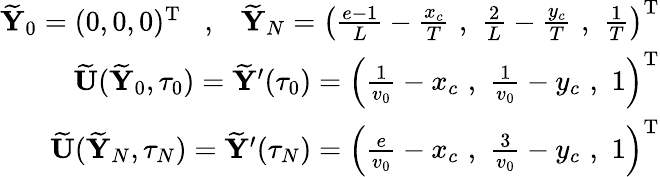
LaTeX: \begin{array}{r}{\widetilde{{\mathbf Y}}_{0}=(0,0,0)^{{\mathrm T}}\; \; \; ,\; \; \; \widetilde{{\mathbf Y}}_{N}=\left(\frac{e-1}{L}-\frac{x_{c}}{T}\, \, ,\, \, \frac{2}{L}-\frac{y_{c}}{T}\, \, ,\, \, \frac{1}{T}\right)^{{\mathrm T}}}\\ {\widetilde{{\mathbf U}}(\widetilde{{\mathbf Y}}_{0},\tau_{0})=\widetilde{{\mathbf Y}}^{\prime}(\tau_{0})=\left(\frac{1}{v_{0}}-x_{c}\, \, ,\, \, \frac{1}{v_{0}}-y_{c}\, \, ,\, \, 1\right)^{{\mathrm T}}}\\ {\widetilde{{\mathbf U}}(\widetilde{{\mathbf Y}}_{N},\tau_{N})=\widetilde{{\mathbf Y}}^{\prime}(\tau_{N})=\left(\frac{e}{v_{0}}-x_{c}\, \, ,\, \, \frac{3}{v_{0}}-y_{c}\, \, ,\, \, 1\right)^{{\mathrm T}}}\end{array}